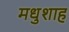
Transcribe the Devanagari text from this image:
मधुशाह